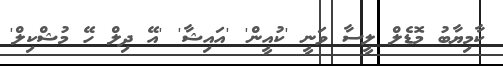
ކާމިޔާބު މޮޑެލް ލީސާ ވަނީ 'ކުއީން' 'އައިޝާ' 'އޭ ދިލް ހޭ މުޝްކިލް'